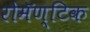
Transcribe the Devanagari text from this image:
रोमॅण्टिक